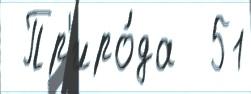
 Пр'иро́да  51